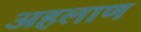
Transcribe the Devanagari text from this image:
अहलाण